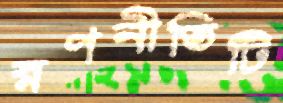
রণনীতিটি